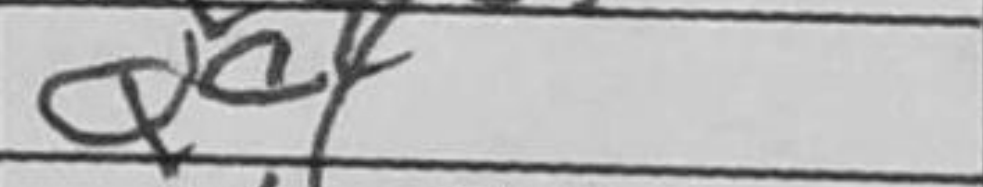
Transcription: Qc4